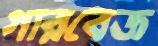
গারবেজ